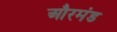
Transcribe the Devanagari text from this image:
औरमंड